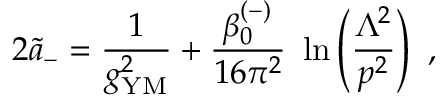
2 { \widetilde a } _ { - } = { \frac { 1 } { g _ { \mathrm { { \small Y M } } } ^ { 2 } } } + { \frac { \beta _ { 0 } ^ { ( - ) } } { 1 6 \pi ^ { 2 } } } ~ \ln \left( { \frac { \Lambda ^ { 2 } } { p ^ { 2 } } } \right) ~ ,